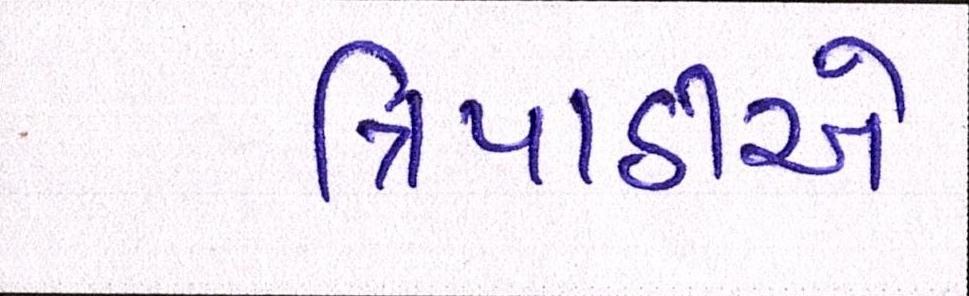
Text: ત્રિપાઠીએ